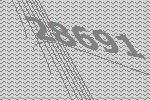
28691